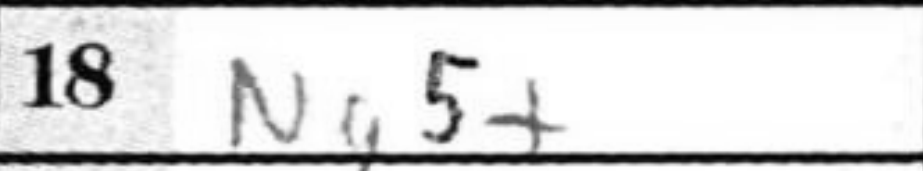
Transcription: Ng5+